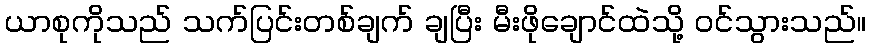
ယာစုကိုသည် သက်ပြင်းတစ်ချက် ချပြီး မီးဖိုချောင်ထဲသို့ ဝင်သွားသည်။